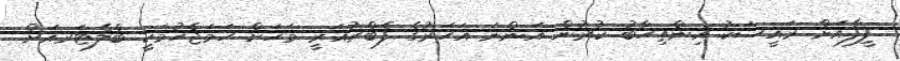
ފީފާއަށް ރައީސަކު އިންތިހާބު ކުރުން އަންނަ އަހަރުގެ ފެބްރުއަރީ މަހަށް ހަމަޖެހުމަކީ ބްލެޓަރއަށް